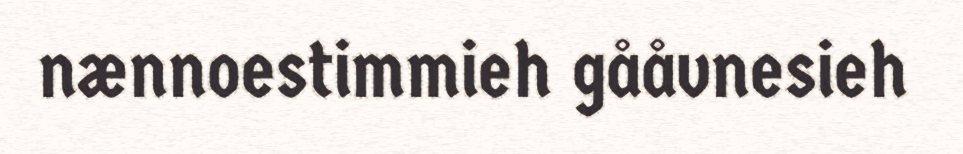
nænnoestimmieh gååvnesieh